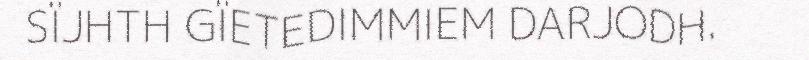
SÏJHTH GÏETEDIMMIEM DARJODH.